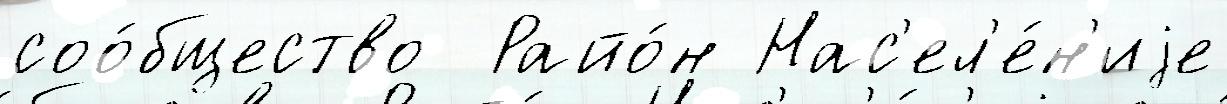
соо́бщество  Райо́н Нас'ел'е́н'иjе